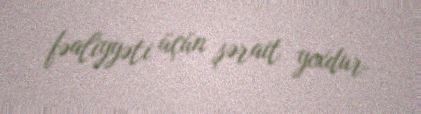
fəaliyyəti üçün şərait yoxdur.